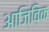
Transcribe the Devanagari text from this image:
आजिविक